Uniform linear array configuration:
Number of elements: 32
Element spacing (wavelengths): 0.25
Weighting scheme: binomial
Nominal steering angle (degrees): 45
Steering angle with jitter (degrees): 43.309
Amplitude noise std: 0.05
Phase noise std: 0.05

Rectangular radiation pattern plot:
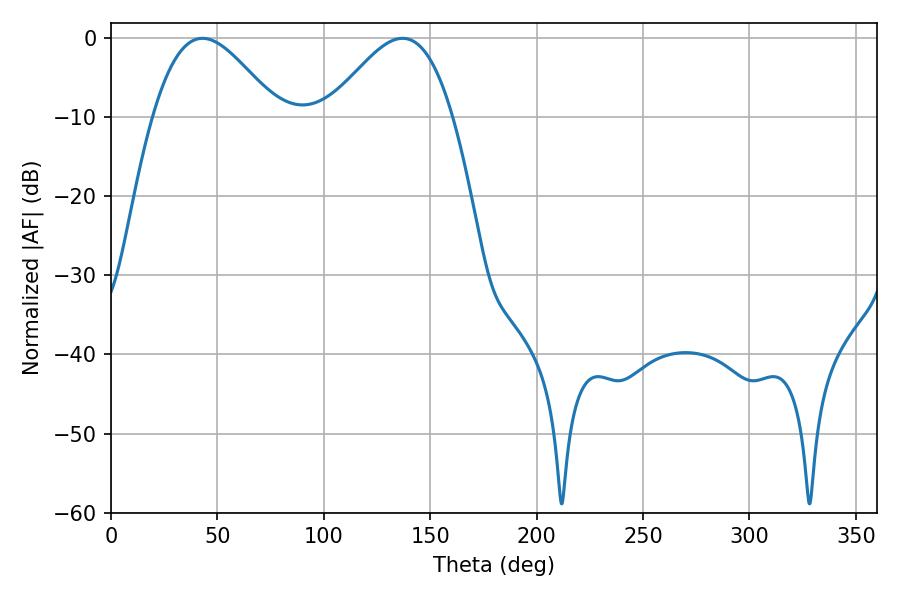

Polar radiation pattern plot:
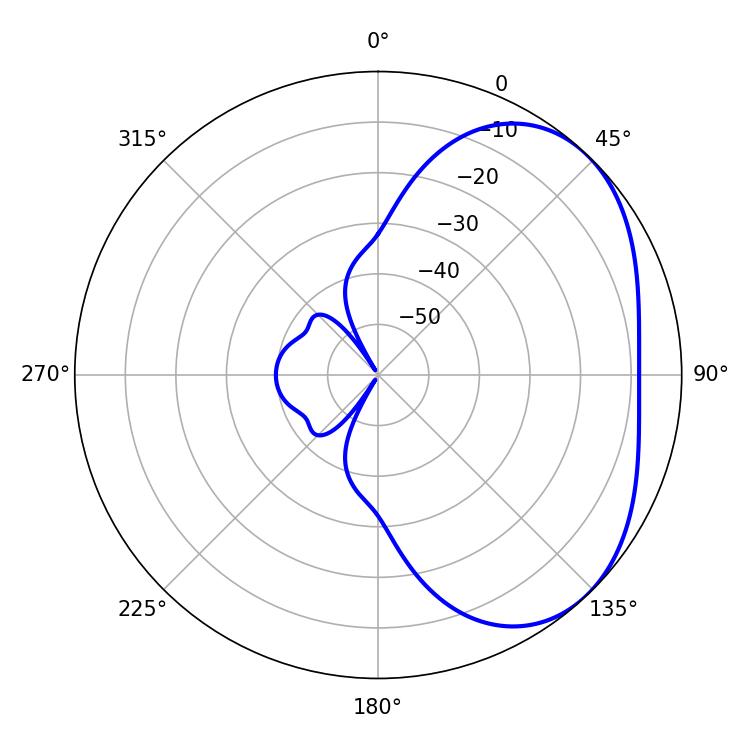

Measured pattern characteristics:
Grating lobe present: FALSE
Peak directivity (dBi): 3.497
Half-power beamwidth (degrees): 31.14
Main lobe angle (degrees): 43.02